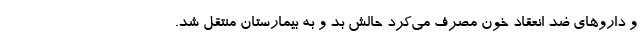
و داروهای ضد انعقاد خون مصرف می‌کرد حالش بد و به بیمارستان منتقل شد.